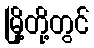
မြို့တို့တွင်